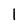
Character: 1